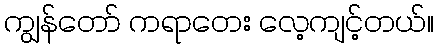
ကျွန်တော် ကရာတေး လေ့ကျင့်တယ်။